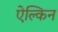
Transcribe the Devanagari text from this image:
ऐल्किन